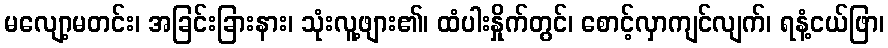
မလျော့မတင်း၊ အခြင်းခြားနား၊ သုံးလူ့ဖျား၏၊ ထံပါးနှိုက်တွင်၊ စောင့်လှာကျင်လျက်၊ ရနံ့ငယ်ဖြာ၊